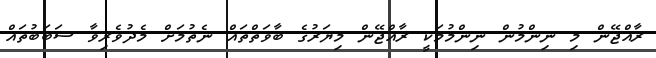
ރާއްޖޭން މި ނިންމުން ނިންމުމަކީ ރާއްޖޭން މިޔަރުގެ ބާވަތްތައް ނެތުމަށް މެދުވެރިވާ ސަބަބުތައް